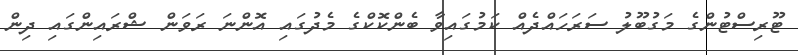
ޓޫރިސްޓުންގެ މަގުބޫލު ސަރަހައްދެއް ކަމުގައިވާ ބެންކޮކްގެ މެދުގައި އޮންނަ ރަވަން ޝްރައިންގައި ދިން